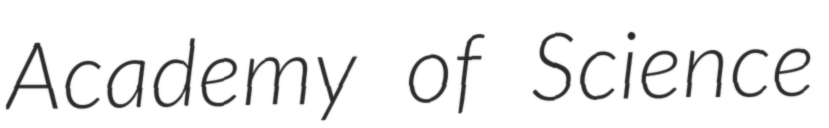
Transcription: Academy of Science